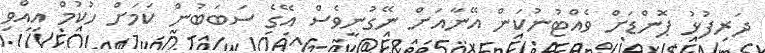
ދަރިފުޅު ޕޮންޑަށް ވެއްޓުނުކަން އޭނާއަށް ނޭގުނީވެސް އޭގެ ސަބަބުން ކަމަށް ހުކުމް އިއްވި